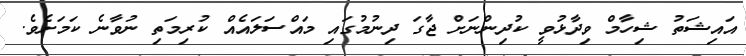
އައިޝަތު ޝިހާމް ވިދާޅުވީ ކުދިންނަށް ޖާގަ ދިނުމުގައި މައްސަލައެއް ކުރިމަތި ނުވާނެ ކަމަށެެވެ.